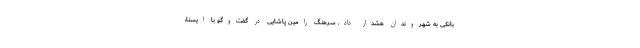
بانکی به شهروندان هشدار داد. سرهنگ رامین پاشایی در گفت‌وگو با ایسنا،